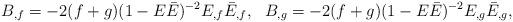
LaTeX: \begin{align*}B_{,f} = -2 (f+g)(1-E \bar {E})^{-2}E_{,f}\bar {E}_{,f}, ~~B_{,g} = -2 (f+g)(1-E \bar {E})^{-2}E_{,g}\bar {E}_{,g}, \end{align*}